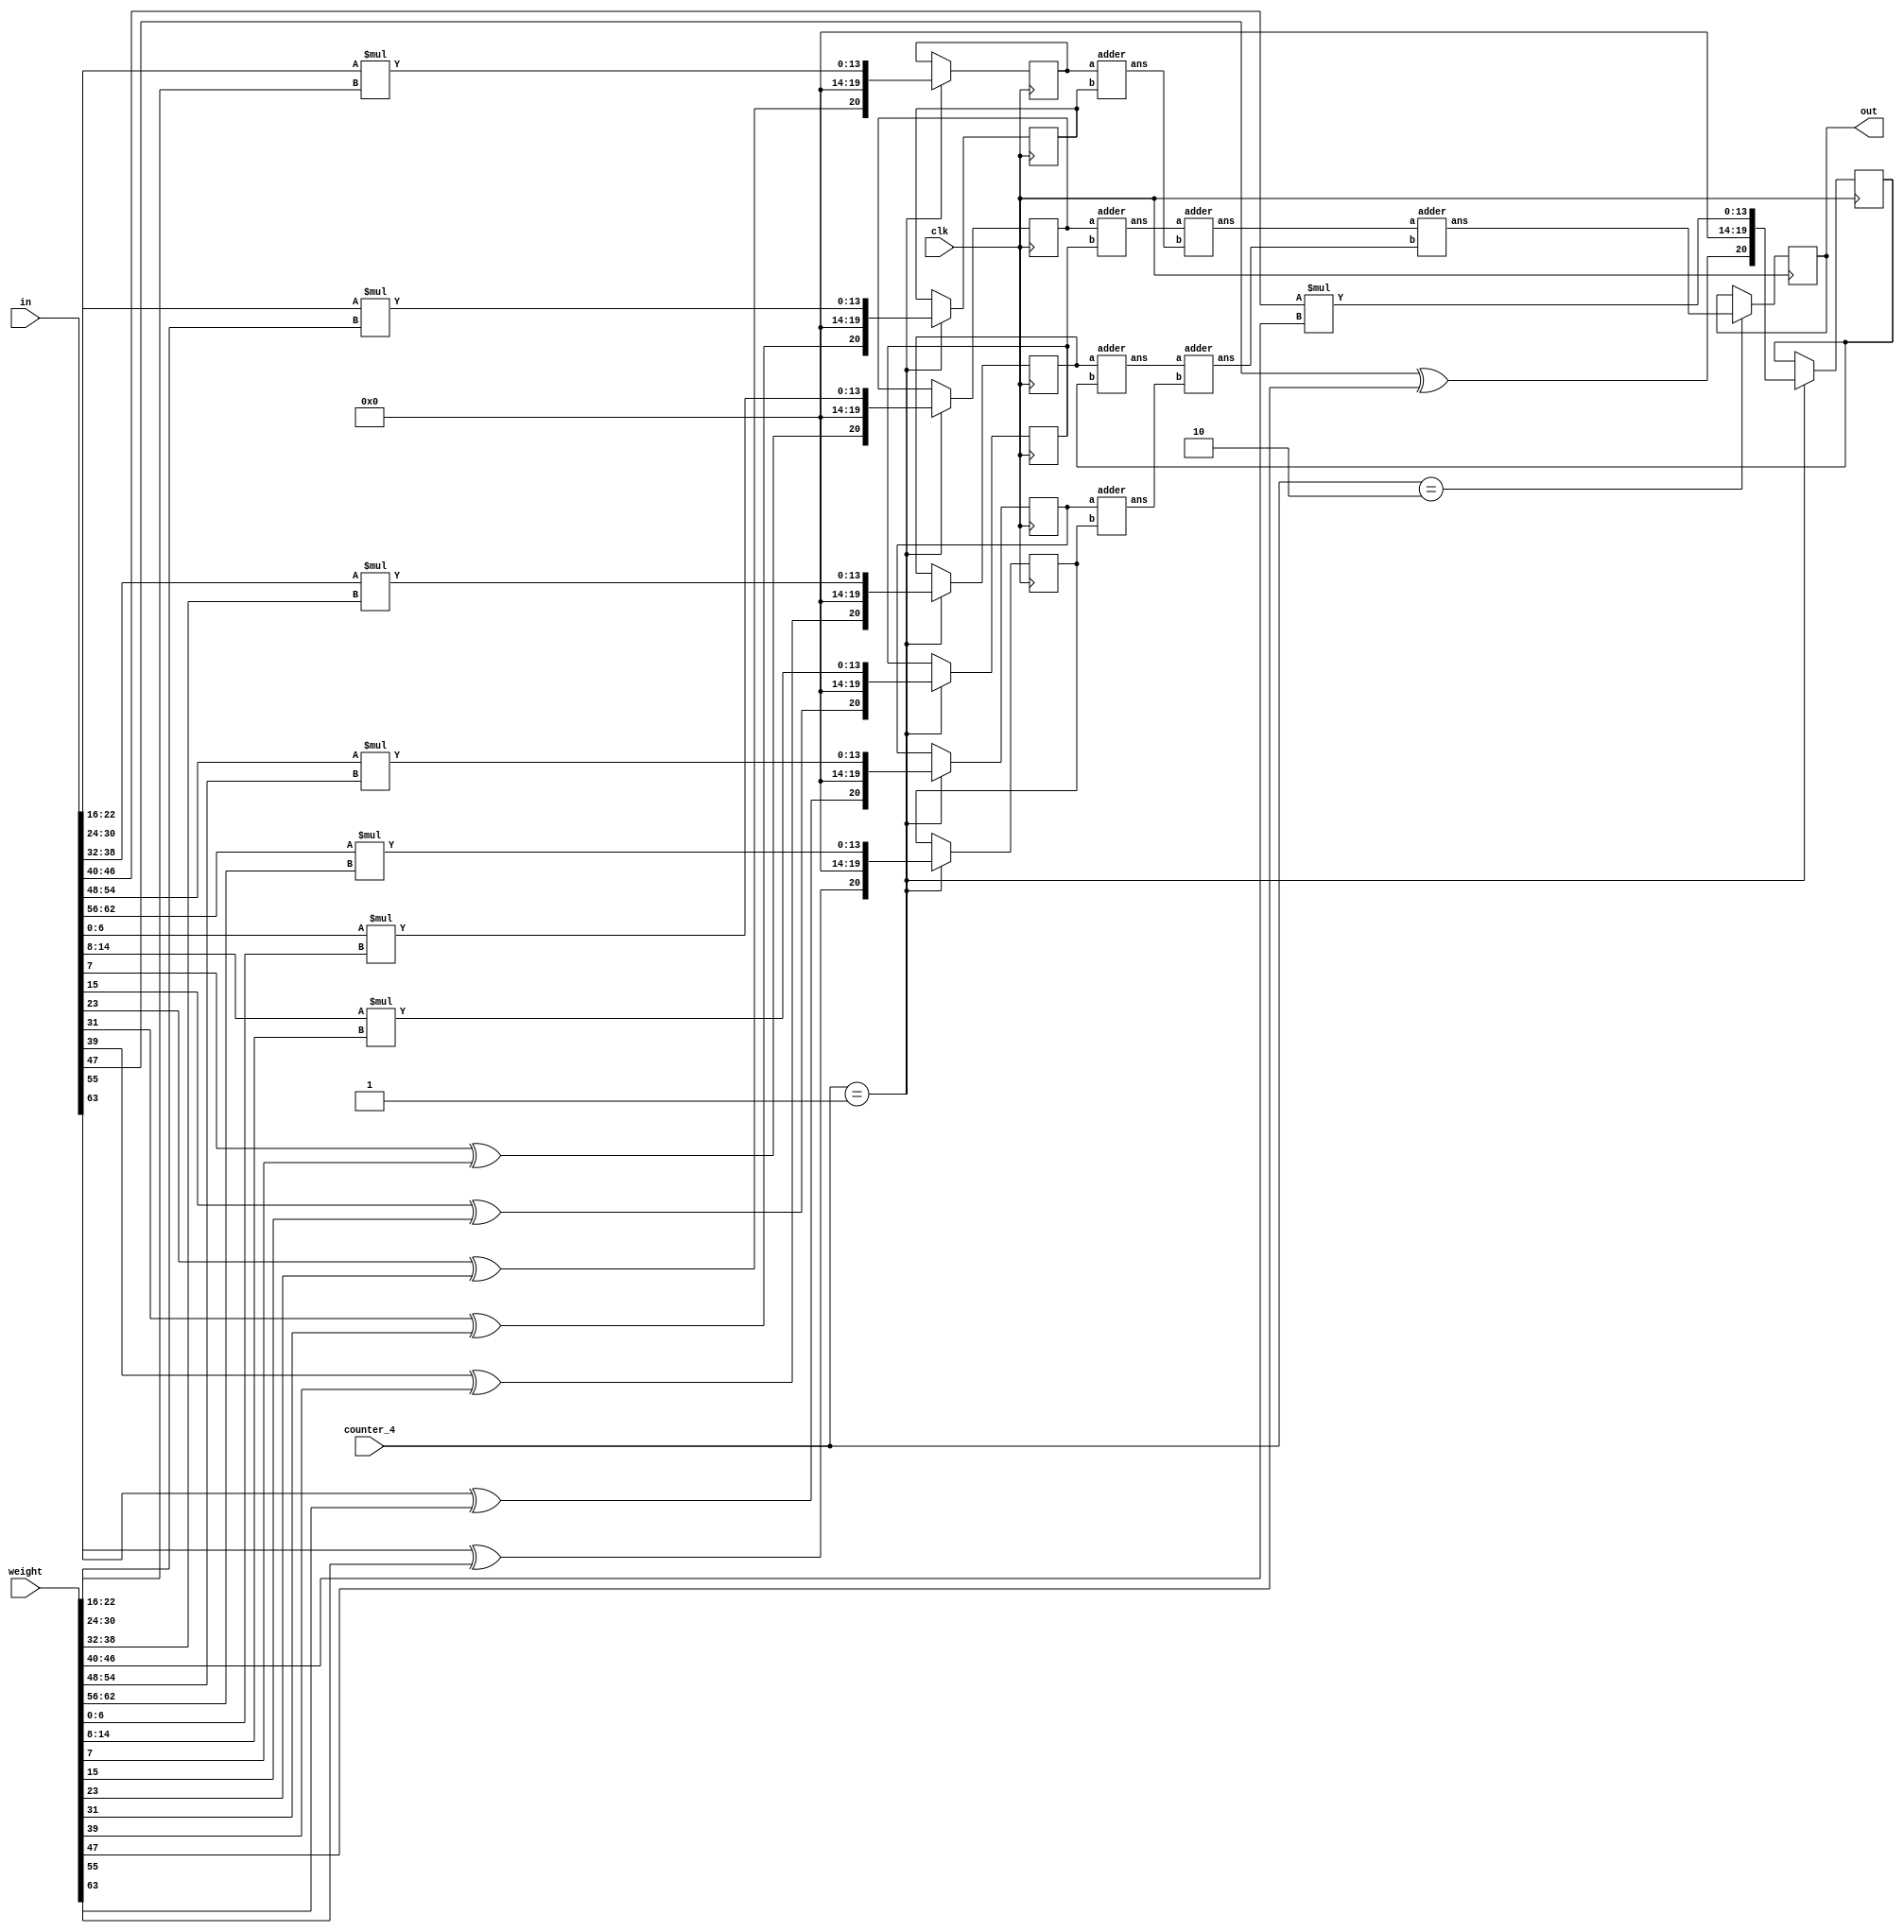
`timescale 1ns/1ns
module MAC_62input(input clk, input[1:0] counter_4, input [8*8-1:0] in, input [8*8-1:0] weight, output reg [20:0] out);

	reg [20:0] ans_mul1, ans_mul2, ans_mul3, ans_mul4, ans_mul5, ans_mul6, ans_mul7, ans_mul8;
	reg [13:0] temp1, temp2, temp3, temp4, temp5, temp6, temp7, temp8;
	always@(posedge clk)begin
	if(counter_4 == 2'b01)begin
	 temp1 = in[6:0]*weight[6:0];
	 temp2 = in[14:8]*weight[14:8];
	 temp3 = in[22:16]*weight[22:16];
	 temp4 = in[30:24]*weight[30:24];
	 temp5 = in[38:32]*weight[38:32];
	 temp6 = in[46:40]*weight[46:40];
	 temp7 = in[54:48]*weight[54:48];
	 temp8 = in[62:56]*weight[62:56];
	 ans_mul1 = {in[7]^ weight[7],6'b0,   temp1};
	 ans_mul2 = {in[15]^weight[15],6'b0,  temp2};
         ans_mul3 = {in[23]^weight[23],6'b0,  temp3};
	 ans_mul4 = {in[31]^weight[31],6'b0,  temp4};
	 ans_mul5 = {in[39]^weight[39],6'b0,  temp5};
	 ans_mul6 = {in[47]^weight[47],6'b0,  temp6};
	 ans_mul7 = {in[55]^weight[55],6'b0,  temp7};
	 ans_mul8 = {in[63]^weight[63],6'b0,  temp8};
	end
	end

	wire[20:0] ans_sum1, ans_sum2, ans_sum3, ans_sum4, ans_sum5, ans_sum6;
	
	adder a1(ans_mul1, ans_mul2, ans_sum1);
	adder a2(ans_mul3, ans_mul4, ans_sum2);
	adder a3(ans_mul5, ans_mul6, ans_sum3);
	adder a4(ans_mul7, ans_mul8, ans_sum4);

	adder a5(ans_sum1, ans_sum2, ans_sum5);
	adder a6(ans_sum3, ans_sum4, ans_sum6);

	wire [20:0] out_temp;
	adder a7(ans_sum5, ans_sum6, out_temp);
	
	
	always@(posedge clk)begin
	    if(counter_4 == 2'b10)
		out <= out_temp;
	end
	
endmodule

module adder(input [20:0] a, b, output reg[20:0] ans);
	always@(a, b) begin
		if(a[20] ^ b[20])
			begin          
				if(a[19:0] > b[19:0])
					ans = {a[20], a[19:0] - b[19:0]};
				else
					ans = {~a[20],b[19:0] - a[19:0]};
			end
		else
			ans = {a[20],  a[19:0] + b[19:0]};
	end


endmodule